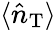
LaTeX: \langle\hat{n}_{\mathrm{{T}}}\rangle